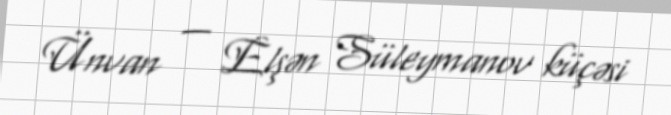
Ünvan — Elşən Süleymanov küçəsi